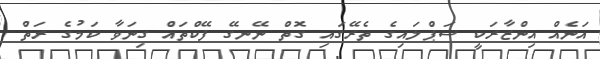
އަނެއް އިންޒާރަކީ ސަޕްލައިގެ ތެރޭގައި ގޮތް ނޭނގޭ ފޭކްތައް ގިނަވާ ކަމުގެ ރަތް